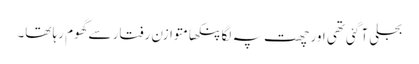
بجلی آ گئی تھی اور چھت پہ لگا پنکھا متوازن رفتار سے گھوم رہا تھا۔